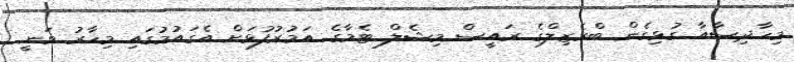
މިހާދިސާއާ ގުޅިގެން ބްރެޒިލްގެ ރައީސް މިޝެލް ޓެމާގެ އަމުރުފުޅަށް އެގައުމުގައި މިހާރު ވަނީ